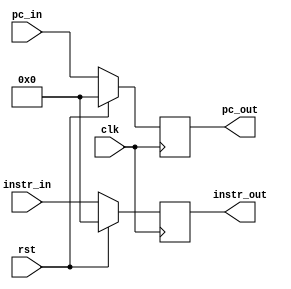
module IF_ID(clk, rst, pc_in, pc_out, instr_in, instr_out );
	input clk, rst ;
	input [31:0] pc_in ;
	input [31:0] instr_in ;
	output [31:0] pc_out ;
	output [31:0] instr_out ;
	reg [31:0] instr_out, pc_out ;
	
	always @( posedge clk ) begin
		if ( rst ) begin
			pc_out <= 32'd0 ;
			instr_out <= 32'd0 ;
		end
		
		else begin
			pc_out <= pc_in ;
			instr_out <= instr_in ;
		end
	end
						
endmodule